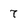
Character: 7